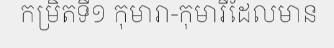
កម្រិតទី១ កុមារា-កុមារីដែលមាន